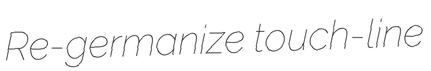
Re-germanize touch-line